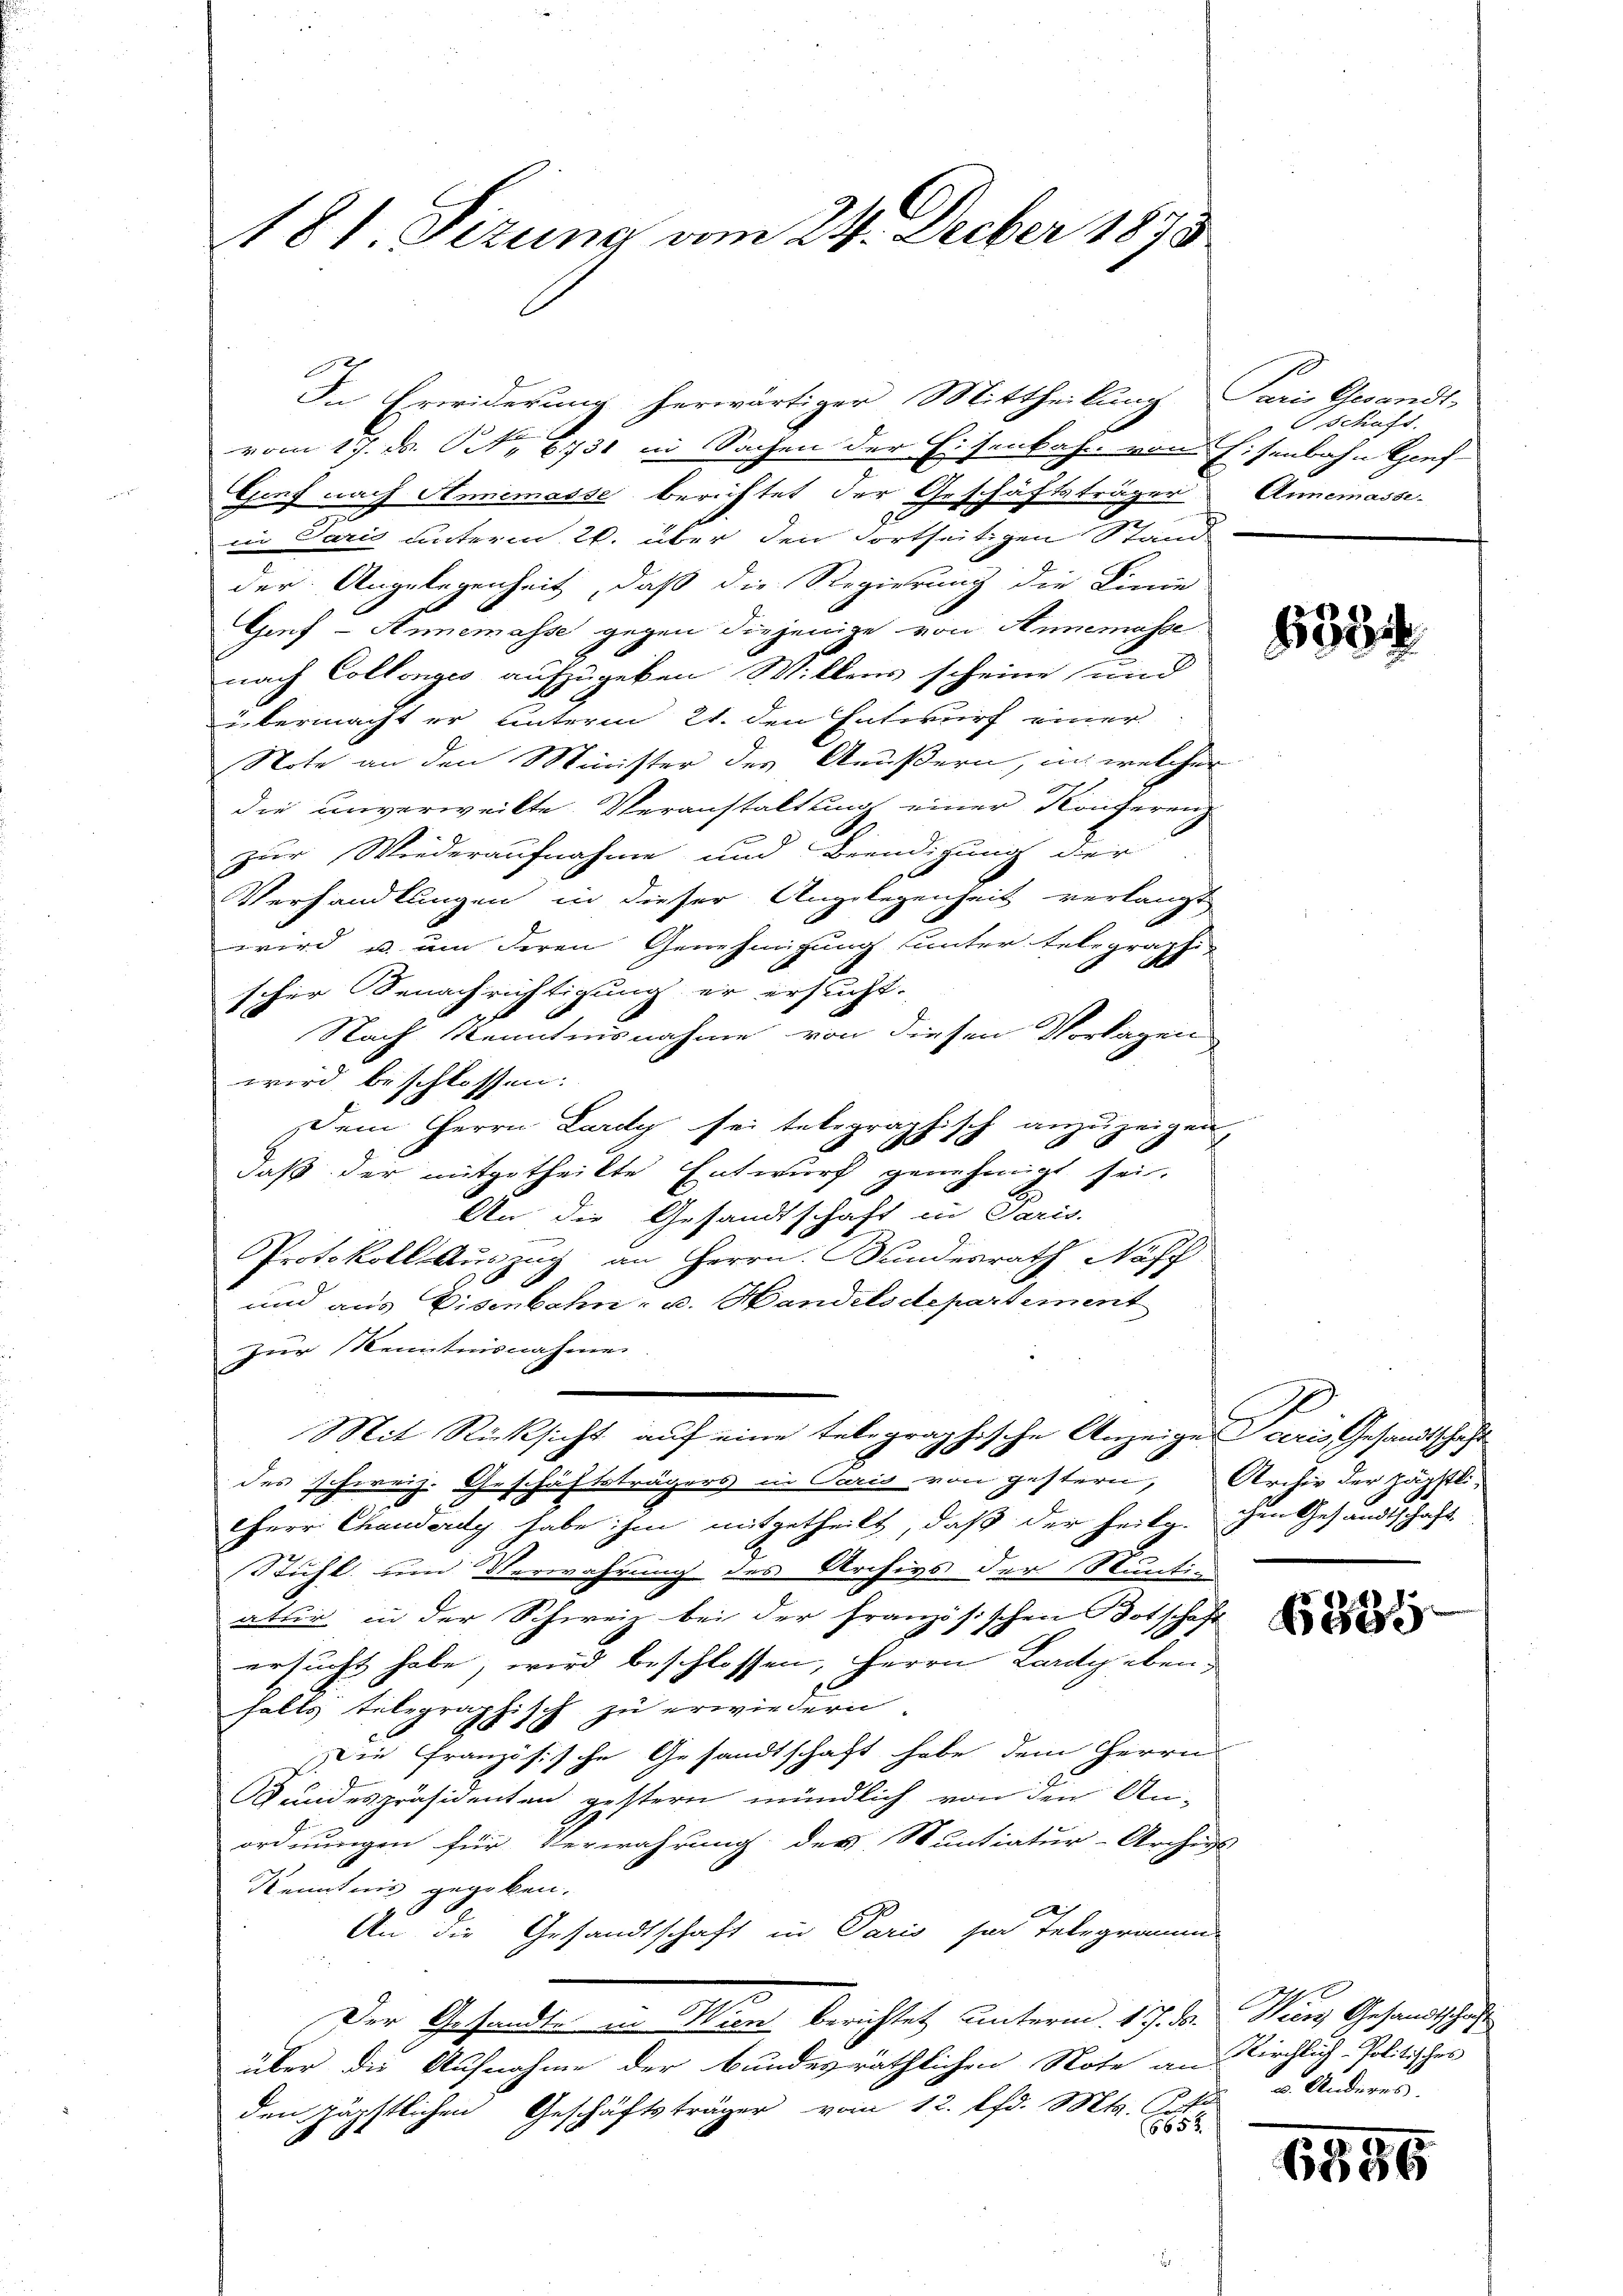
In Erwiderung herwärtiger Mittheilung Paris Gesandt
.
vom 17. d. S. 631 in Sachen der Eisenbahn von Eisenbahn Genf
Genf nach Annemasse berichtet der Geschäftsträger Annemasse-
12
.
in Paris unterm 26. über den Fortseitigen Stand
der Angelegenheit, daß die Regierung die Linie
Gruf - Annemasse gegen diejenige von Annemasse
nach Collenges aufzugeben Willens scheine und
übermacht er unterm 21. den Entwurf einer
Note an den Minister des Aeußern, in welcher
die unverweilte Veranstaltung einer Konferenz
zur Wiederaufnahme und Beendigung der
Verhandlungen in dieser Angelegenheit verlangt
wird u. um deren Genehmigung unter telegraphi-
scher Senachrichtigung er ersucht.
Nach Kenntnisnahme von diesen Vorlagen
wird beschlossen:
Dem Herrn Lardy sei telographisch anzuzeigen
daß der mitgetheilte Entwurf genehmigt sei.
An die Gesandtschaft in Paris.
Protokoll Auszug an Herrn. Bundesrath Nasch
und aus Eisenbahn- u. Handelsdepartement
Zur Kenntnisnahme
Mit Rücksicht auf eine telegraphische Anzeige Sceris Gesandtschaft
des schweiz. Geschäftsträgers in Paris von gestern, Archiv der Jägstli-
HHerr Chauderdy habe ihm mitgetheilt, daß der heilg. Im Gesandtschaft
Stuhl und Verwahrung des Archivs der Munti-
atur in der Schweiz bei der französischen Botschaft
ersucht habe, wird beschlossen, Herrn Landgebenfalls telegraphisch zu erwiedern
Die französische Gesandtschaft habe dem Herrn
Gundespräsidenten gestern mündlich von den An-
ordnungen für Verwahrung der Muntiatur-Archigs
Kenntnis gegeben.
An die Gesandtschaft in Paris ser Telegramm
Der Gesandten in Wien berichtet unterm 17. d. Wien Gesandtschaf
über die Aufnahme der bundesräthlichen Note an Kirchlich-Politisches
den päpstlichen Geschäftsträger vom 12. lfd. Mts. Art u. Anderes
185

181 Sizung am 24. Decber 1873

schafs

683

885

6396